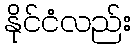
နိုင်ငံလည်း